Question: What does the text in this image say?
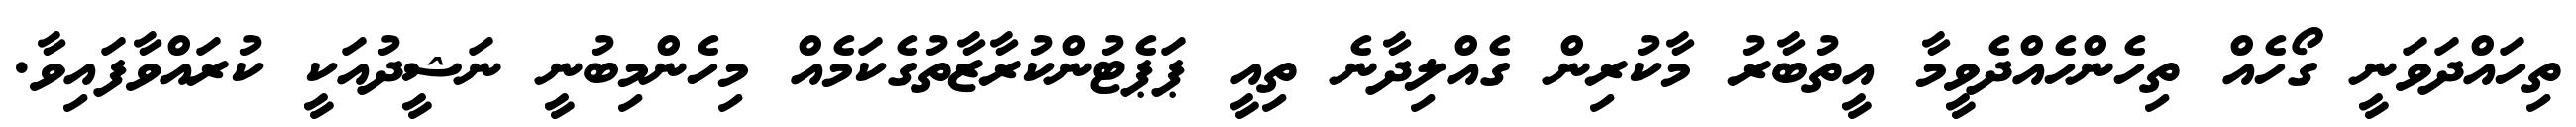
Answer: ތިހައްދަވަނީ ގޯހެއް ތިހެންހެއްދެވީމާ އީތުބާރު މާކުރިން ގެއްލިދާނެ ތިއީ ޕަޕެޓުންކުރާޒާތުގެކަމެއް މިހެންމިބުނީ ނަޝީދުއަކީ ކުރައްވާފައިވާ.